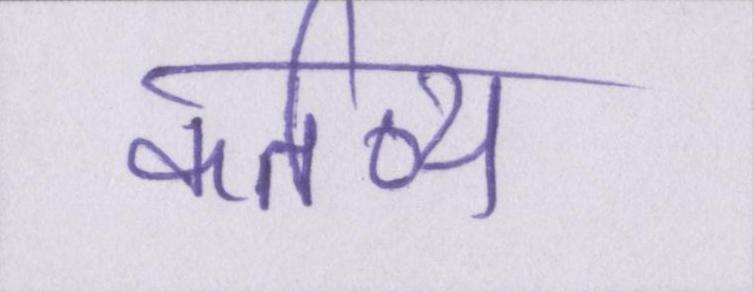
कर्तव्य